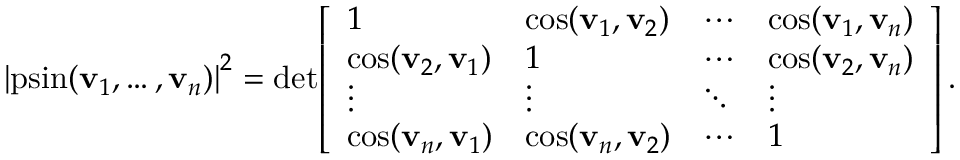
\left| \operatorname { p s i n } ( \mathbf { v } _ { 1 } , \ldots , \mathbf { v } _ { n } ) \right| ^ { 2 } = \operatorname* { d e t } \! \left[ { \begin{array} { l l l l } { 1 } & { \cos ( \mathbf { v } _ { 1 } , \mathbf { v } _ { 2 } ) } & { \cdots } & { \cos ( \mathbf { v } _ { 1 } , \mathbf { v } _ { n } ) } \\ { \cos ( \mathbf { v } _ { 2 } , \mathbf { v } _ { 1 } ) } & { 1 } & { \cdots } & { \cos ( \mathbf { v } _ { 2 } , \mathbf { v } _ { n } ) } \\ { \vdots } & { \vdots } & { \ddots } & { \vdots } \\ { \cos ( \mathbf { v } _ { n } , \mathbf { v } _ { 1 } ) } & { \cos ( \mathbf { v } _ { n } , \mathbf { v } _ { 2 } ) } & { \cdots } & { 1 } \end{array} } \right] .